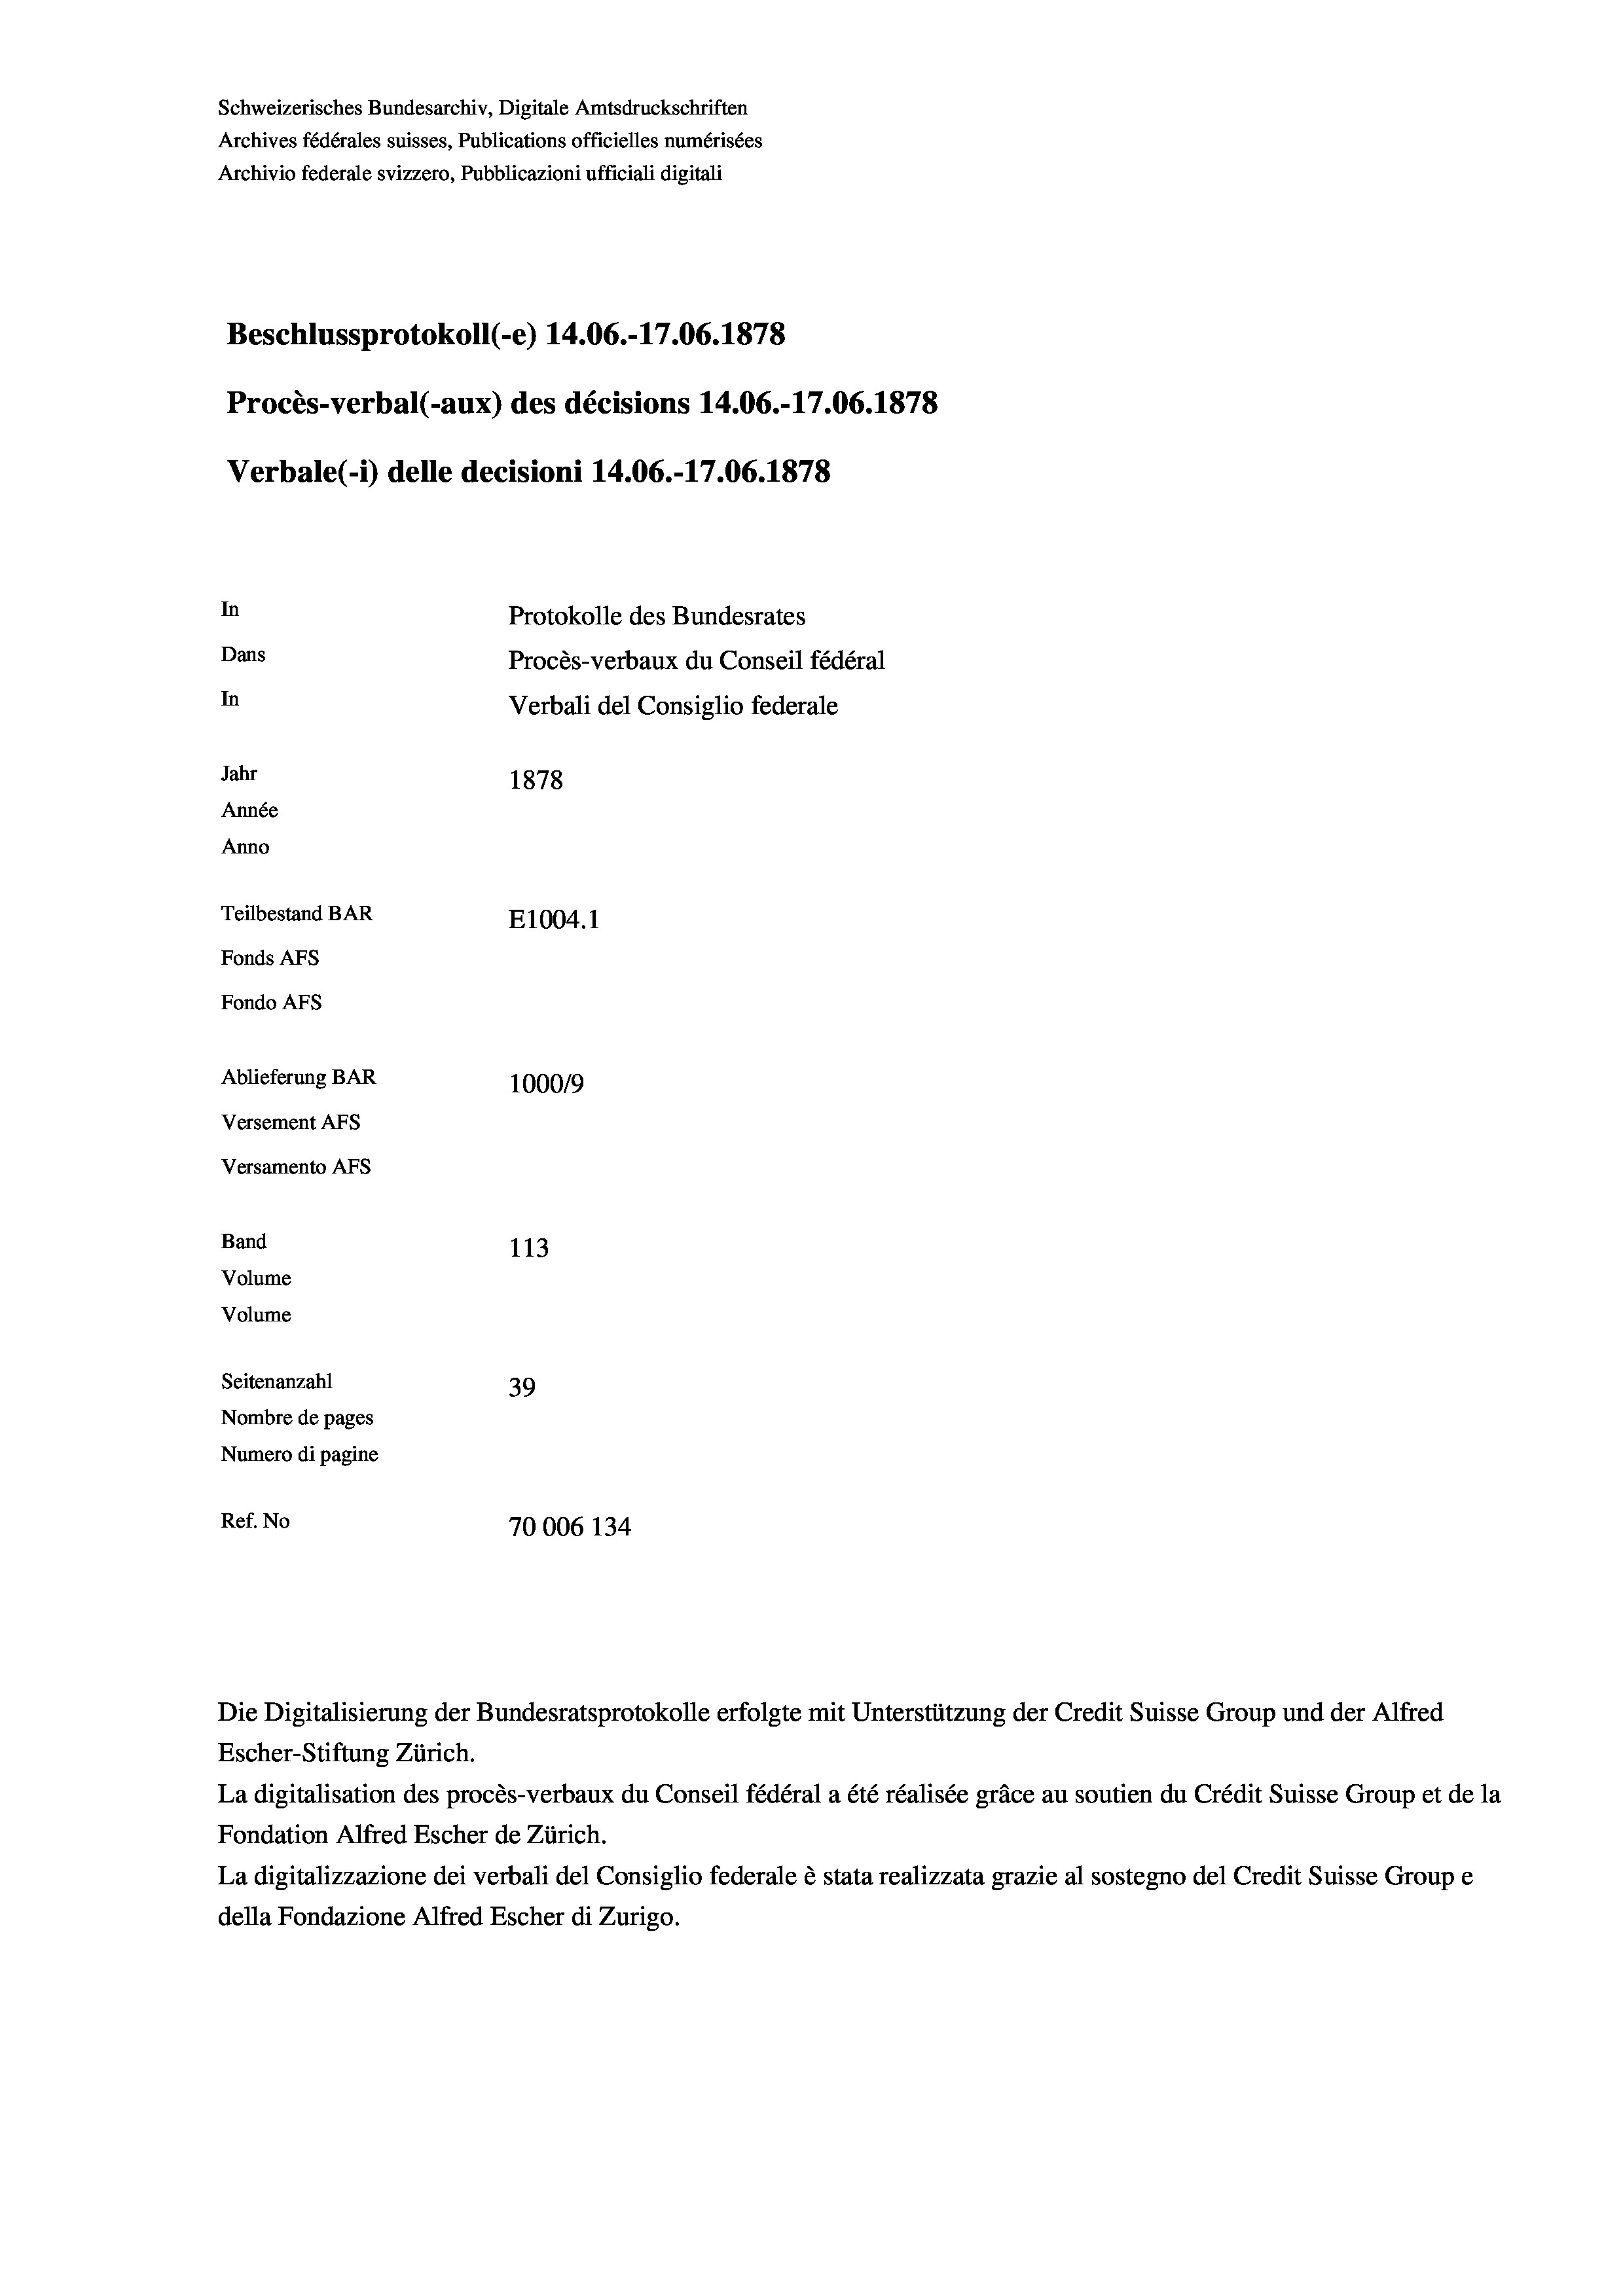
Schweizerisches Bundesarchiv, Digitale Amtsdruckschriften
Archives fédérales suisses, Publications officielles numérisées
Archivio federale svizzero, Pubblicazioni ufficiali digitali
Beschlussprotokoll (-e) 14.06.-17.06. 1878
Procès-verbal (-aux) des décisions 14.06.-17.06. 1878
Verbale(-*) delle decisioni 14.06.-17.06. 1878
In
Protokolle des Bundesrates
Dans
Procès-verbaux du Conseil fédéral
In
Verbali del Consiglio federale
Jahr
1878
Année
Anno
Teilbestand BAR
E1004. 1
Fonds AFs
Fondo Afs
Ablieferung BAR
100019
Versement AFs
Versamento AFs
Band
113
Volume
Volume
Seitenanzahl
39
Nombre de pages
Numero di pagine
Ref. No
70006 134

Die Digitalisierung der Bundesratsprotokolle erfolgte mit Unterstützung der Credit Suisse Group und der Alfred

Escher-Stiftung Zürich.
La digitalisation des procès-verbaux du Conseil fédéral a été réalisée gräce au soutien du Crédit Suisse Group et de la
Fondation Alfred Escher de Zürich.
La digitalizzazione dei verbali del Consiglio federale è stata realizzata grazie al sostegno del Credit Suisse Groupe
della Fondazione Alfred Escher di Zurigo.